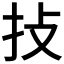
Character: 𢪊